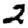
Digit: 2